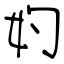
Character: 妁